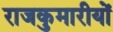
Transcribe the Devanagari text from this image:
राजकुमारीयों